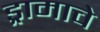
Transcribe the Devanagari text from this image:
ड्रामाचे